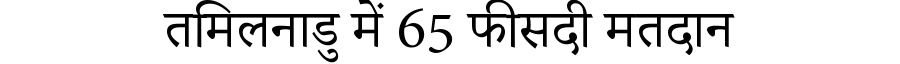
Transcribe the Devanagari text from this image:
तमिलनाडु में 65 फीसदी मतदान